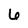
Character: 6